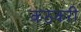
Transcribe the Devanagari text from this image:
कठकरी